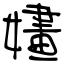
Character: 嫿